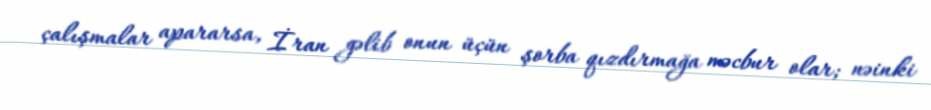
çalışmalar apararsa, İran gəlib onun üçün şorba qızdırmağa məcbur olar; nəinki